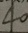
4 0